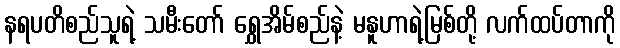
နရပတိစည်သူရဲ့ သမီးတော် ရွှေအိမ်စည်နဲ့ မနူဟာရဲ့မြစ်တို့ လက်ထပ်တာကို